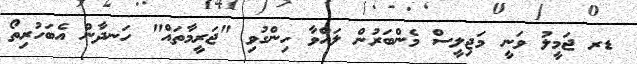
ޑރ ޖަމީލު ވަނީ މަޖިލީސް މެންބަރުން ލައްވާ ހިންގުވި "ޖަރީމާތައް" ހަނދާން އެބަހުރިތޯ